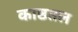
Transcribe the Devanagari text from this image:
काष्ठतल